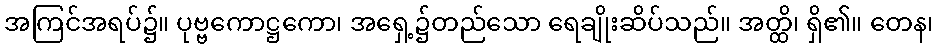
အကြင်အရပ်၌။ ပုဗ္ဗကောဋ္ဌကော၊ အရှေ့၌တည်သော ရေချိုးဆိပ်သည်။ အတ္ထိ၊ ရှိ၏။ တေန၊